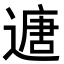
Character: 𮞻